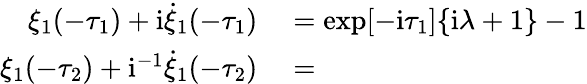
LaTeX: \begin{array}{rl}{\xi_{1}(-\tau_{1})+\mathrm{i}\dot{\xi}_{1}(-\tau_{1})}&{{}=\exp[-\mathrm{i}\tau_{1}]\{ \mathrm{i}\lambda+1\} -1}\\ {\xi_{1}(-\tau_{2})+\mathrm{i}^{-1}\dot{\xi}_{1}(-\tau_{2})}&{{}=}\end{array}